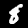
Digit: 8